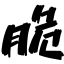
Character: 脆